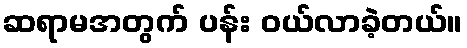
ဆရာမအတွက် ပန်း ဝယ်လာခဲ့တယ်။